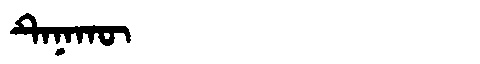
Manchu: ᡨᡝᠨᠠᡴᡡ
Romanization: TENAKŪ